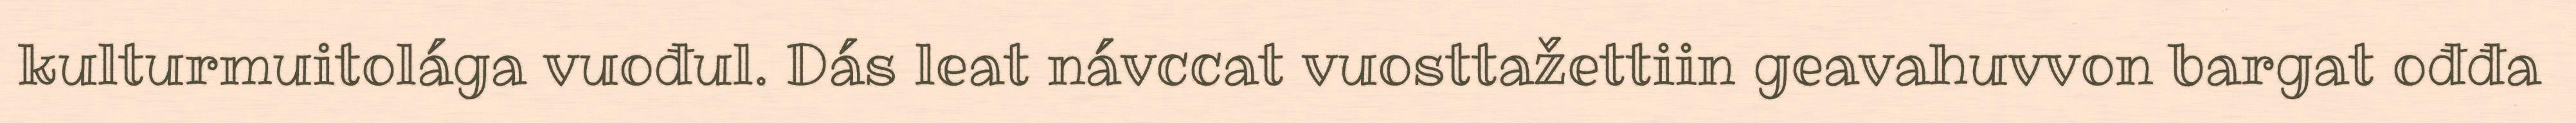
kulturmuitolága vuođul. Dás leat návccat vuosttažettiin geavahuvvon bargat ođđa